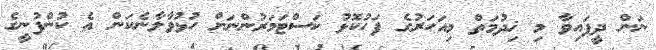
ނަން ދީފައިވާ މި ޚިދުމަތް މިއަހަރުގެ ފަހުކޮޅު ކަސްޓަމަރުންނަށް ހުޅުވާލާނެކަން އެ ކުންފުނީގެ